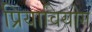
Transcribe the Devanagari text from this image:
प्रियावियोग